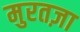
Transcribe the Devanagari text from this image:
मुरतज़ा